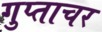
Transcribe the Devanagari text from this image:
गुप्ताचर